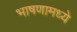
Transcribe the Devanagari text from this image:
भाषणामध्ये